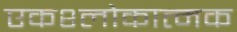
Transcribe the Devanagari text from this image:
एकश्लोकात्मक